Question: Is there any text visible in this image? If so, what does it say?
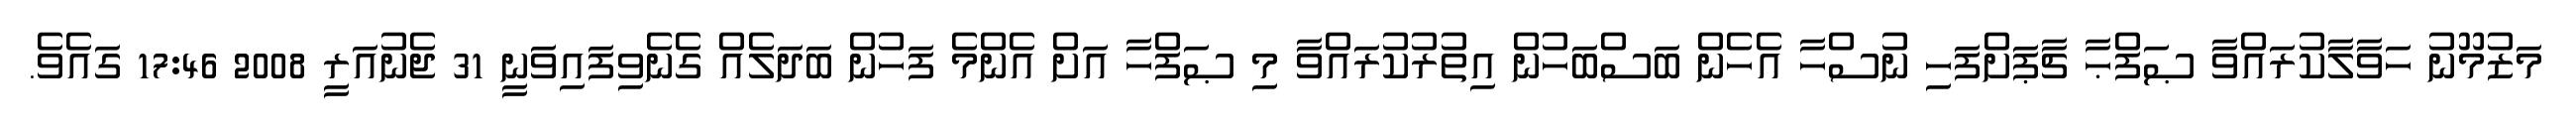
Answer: މަޒުމޫނު ހަވާލާކުރައްވާ ޞަފްޙާ ޗާޕަށްފަހި ނުސްހާ އެހެން ބަސްބަހުން އިތުރުކުރައްވާ މި ޞަފްހާ އަށް އެންމެ ފަހުން ބަދަލެއް ގެނެވިފައިވަނީ 31 ޖެނުއަރީ 2008 17:46 ގައެވެ.